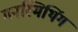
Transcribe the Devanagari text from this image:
गनस्मिथिंग